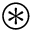
\circledast